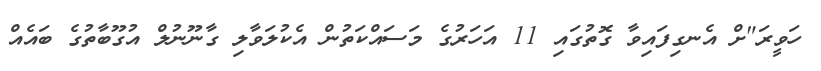
ހަވީރަ"ށް އެނގިފައިވާ ގޮތުގައި 11 އަހަރުގެ މަސައްކަތުން އެކުލަވާލި ގާނޫނުލް އުގޫބާތުގެ ބައެއް